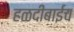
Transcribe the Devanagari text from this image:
हळदीबाईच